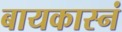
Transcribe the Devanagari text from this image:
बायकास्नं